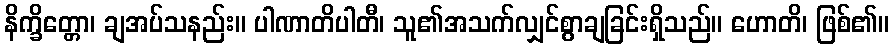
နိက္ခိတ္တော၊ ချအပ်သနည်း။ ပါဏာတိပါတီ၊ သူ၏အသက်လျှင်စွာချခြင်းရှိသည်။ ဟောတိ၊ ဖြစ်၏။